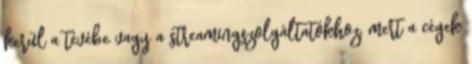
kerül a tévébe vagy a streamingszolgáltatókhoz, mert a cégek